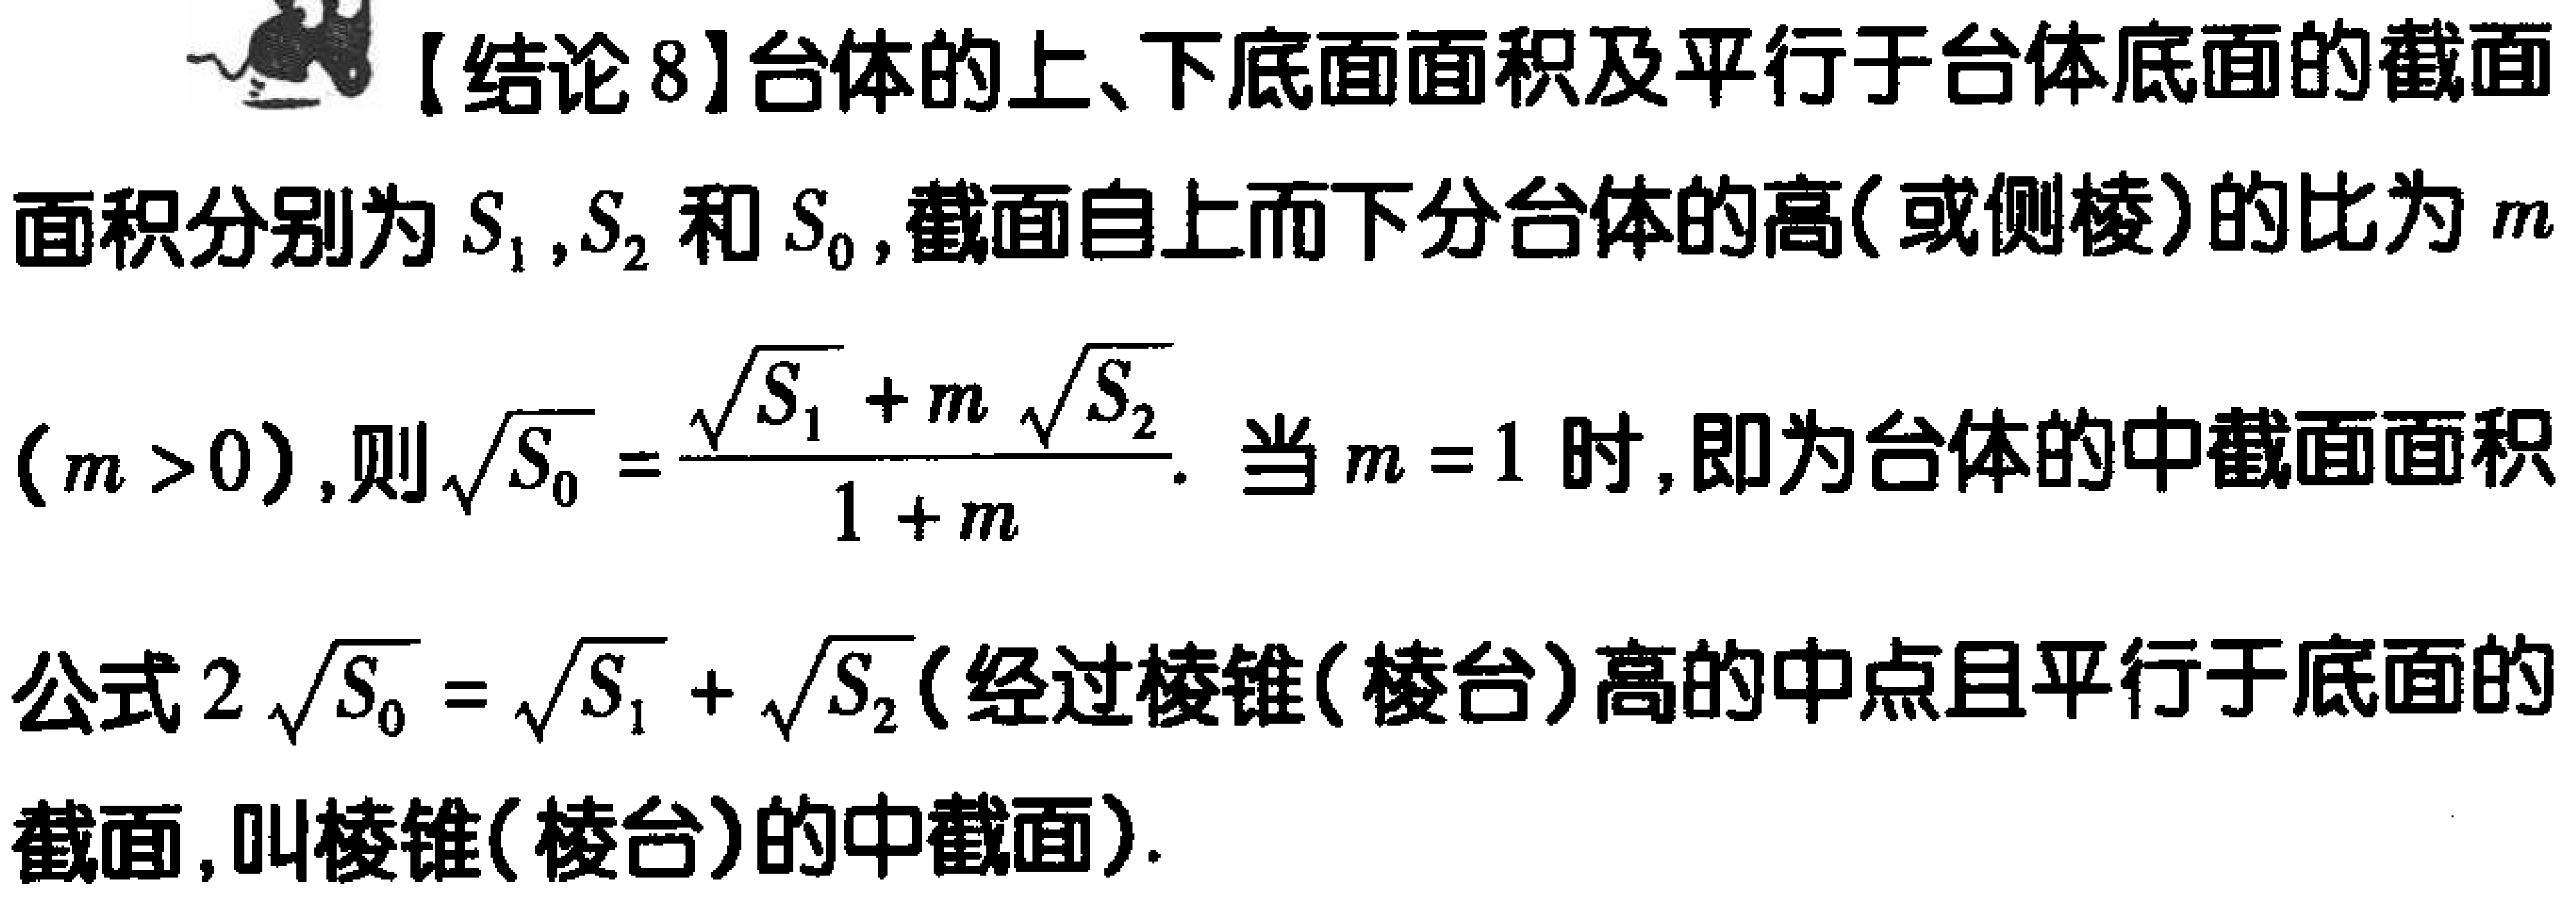
【结论8】台体的上、下底面面积及平行于台体底面的截面面积分别为\(S_1\), \(S_2\)和\(S_0\), 截面自上而下分台体的高(或侧棱)的比为\(m\) (\(m > 0\)), 则\(\sqrt{S_0}=\frac{\sqrt{S_1}+m\sqrt{S_2}}{1 + m}\). 当\(m = 1\)时, 即为台体的中截面面积公式\(2\sqrt{S_0}=\sqrt{S_1}+\sqrt{S_2}\)(经过棱锥(棱台)高的中点且平行于底面的截面, 叫棱锥(棱台)的中截面).